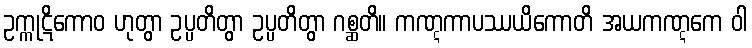
ဥက္ကုဋိကောဝ ဟုတွာ ဥပ္ပတိတွာ ဥပ္ပတိတွာ ဂစ္ဆတိ။ ကဏ္ဋကာပဿယိကောတိ အယကဏ္ဋကေ ဝါ